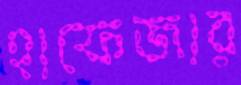
হাফেজার